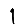
Digit: 1